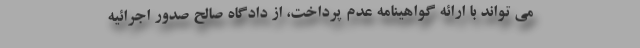
می تواند با ارائه گواهینامه عدم پرداخت، از دادگاه صالح صدور اجرائیه